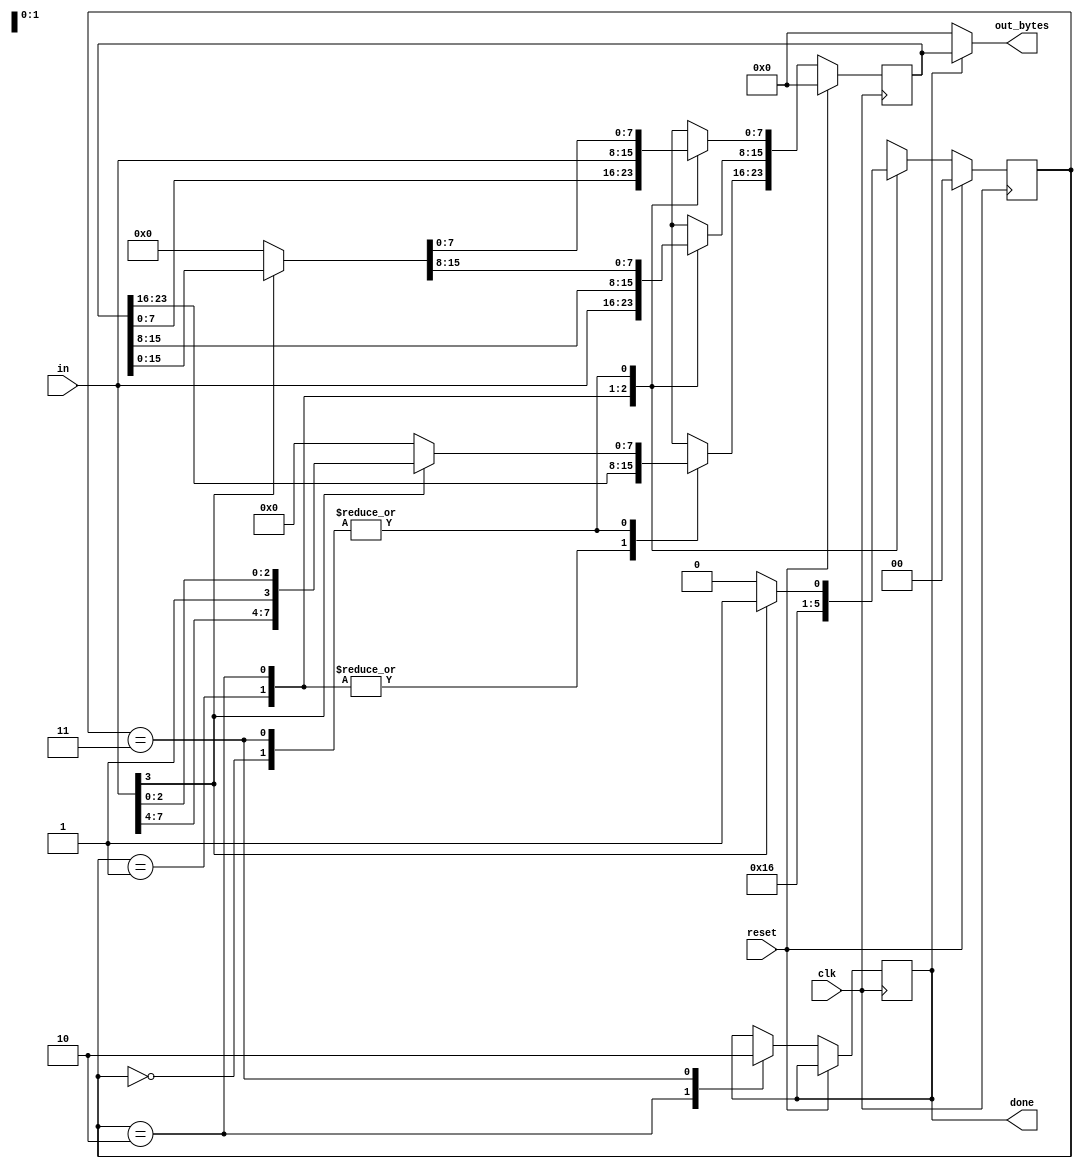
module top_module(
    input clk,
    input [7:0] in,
    input reset,    // Synchronous reset
    output [23:0] out_bytes,
    output done); //

    parameter B1 = 2'b00, B2 = 2'b01, B3 = 2'b10, DONE = 2'b11;
    reg [1:0] state,next;
    reg [23:0]temp;
    
    // State flip-flops (sequential)
    always @ (posedge clk)
        begin
            if (reset)
                state <= B1;
            else
                state <= next;
        end

    // State transition logic (combinational)
    always @ (*)
        begin
            case(state)
                B1: begin
                    if (in[3]) begin
                        next = B2;
                    end
                    else begin
                        next = B1;
                    end
                end
                
                B2: begin next = B3;
                end
                
                B3: begin 
                    next = DONE;
                end
                
                DONE: begin
                    if(in[3]) begin
                        next = B2;
                    end
                    else
                        next = B1;
                end
                
                default: next = B1;
            endcase
        end


    
    always@(posedge clk) begin
		if (reset) begin
			temp <= 0;
		end
		else begin
			case (state)
				B1: begin
					if(in[3]) begin
						temp [23:16] = in;
					end//in[3]
					else begin
						temp = 0;
					end//else
				end//s0
                
				B2: begin
					temp [15:8] <= in;
				end
				
                B3: begin
					temp [7:0] <= in;
					done <= 1;
				end

                DONE: begin
                    done <= 0;
					if(in[3]) begin
                        temp [23:16] = in;
					end//in[3]
                    else begin
                        temp = 0;
                    end
                end
                
                default: begin
                    temp <= 0;
                end
            endcase
        end
    end
    
 
    // Output logic
    assign out_bytes = done? temp : 23'd0;

endmodule